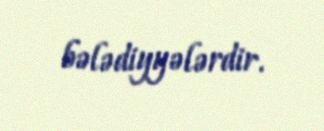
bələdiyyələrdir.